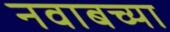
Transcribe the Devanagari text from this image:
नवाबच्या